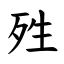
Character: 殅